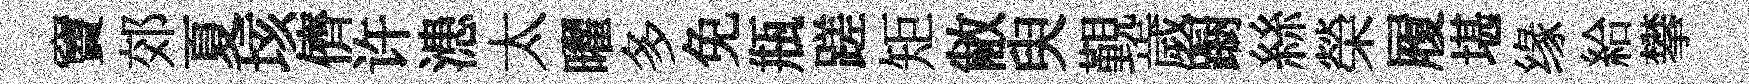
竇郊夏垓儕许漶太曜多免瓶蹉矩敝臾覲歲蹰絲榮履堪缘給攀